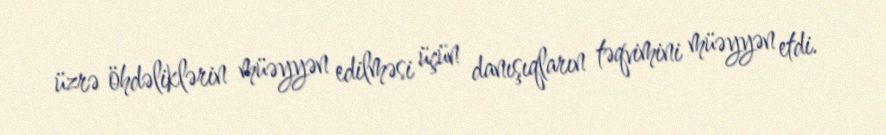
üzrə öhdəliklərin müəyyən edilməsi üçün danışıqların təqvimini müəyyən etdi.